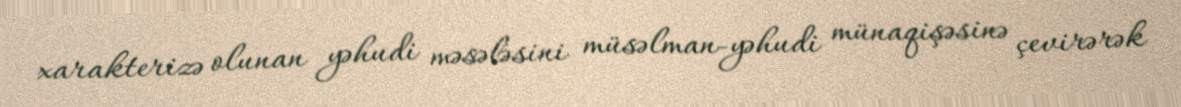
xarakterizə olunan yəhudi məsələsini müsəlman-yəhudi münaqişəsinə çevirərək